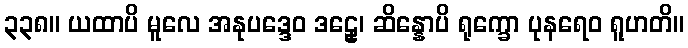
၃၃၈။ ယထာပိ မူလေ အနုပဒ္ဒေဝ ဒဠှေ၊ ဆိန္နောပိ ရုက္ခော ပုနရေဝ ရူဟတိ။